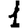
Digit: 1